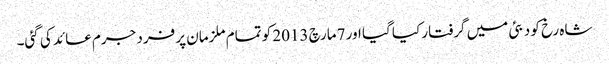
شاہ رخ کو دبئی میں گرفتار کیا گیا اور 7مارچ 2013 کو تمام ملزمان پر فرد جرم عائد کی گئی۔